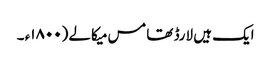
ایک ہیں لارڈ تھامس میکالے (۱۸٠٠ء ۔